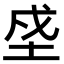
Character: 𡋊